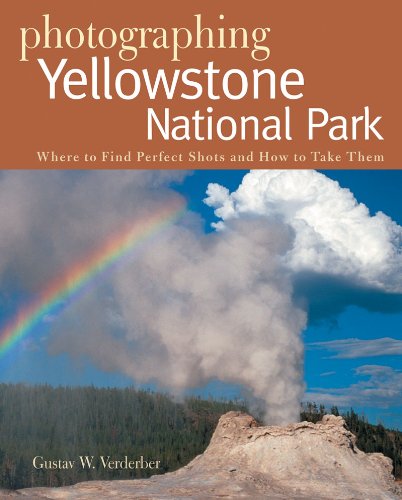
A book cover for Photographing Yellowstone National Park: Where to Find Perfect Shots and How to Take Them (The Photographer's Guide); Gustav W. Verderber; Travel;